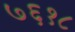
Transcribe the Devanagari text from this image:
७६१८